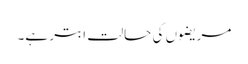
مریضوں کی حالت ابتر ہے۔